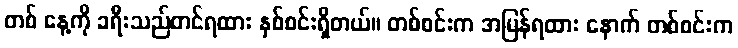
တစ် နေ့ကို ခရီးသည်တင်ရထား နှစ်စင်းရှိတယ်။ တစ်စင်းက အမြန်ရထား နောက် တစ်စင်းက